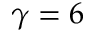
\gamma = 6